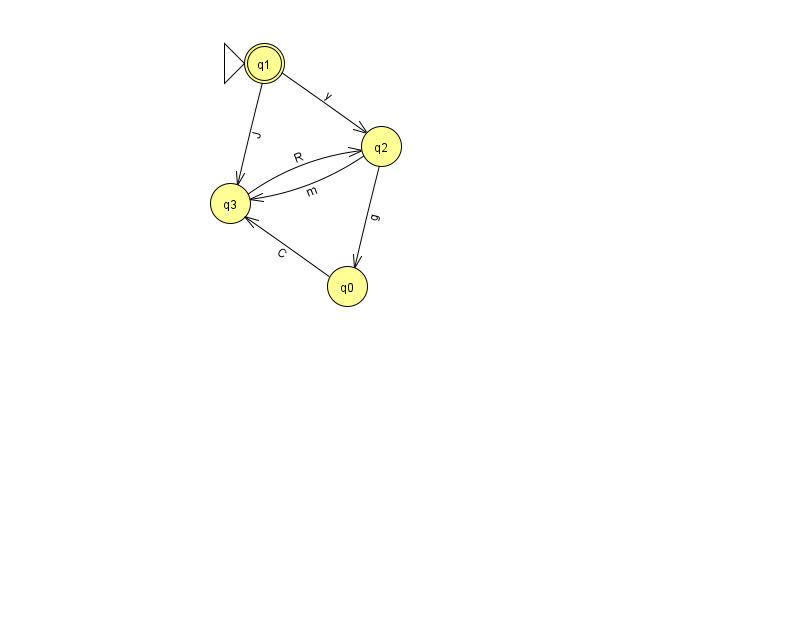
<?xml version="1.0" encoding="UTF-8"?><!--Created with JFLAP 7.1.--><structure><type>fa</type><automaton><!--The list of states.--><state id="0" name="q0"><x>347.0</x><y>273.0</y></state><state id="1" name="q1"><x>264.0</x><y>50.0</y><initial/><final/></state><state id="2" name="q2"><x>381.0</x><y>133.0</y></state><state id="3" name="q3"><x>230.0</x><y>190.0</y></state><!--The list of transitions.--><transition><from>3</from><to>2</to><read>R</read></transition><transition><from>2</from><to>0</to><read>g</read></transition><transition><from>0</from><to>3</to><read>C</read></transition><transition><from>1</from><to>2</to><read>y</read></transition><transition><from>1</from><to>3</to><read>J</read></transition><transition><from>2</from><to>3</to><read>m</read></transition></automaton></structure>